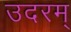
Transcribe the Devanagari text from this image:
उदरम्‌